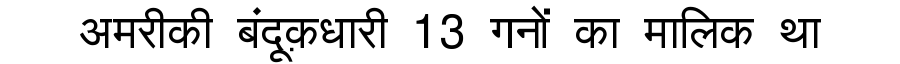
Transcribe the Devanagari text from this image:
अमरीकी बंदूक़धारी 13 गनों का मालिक था